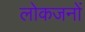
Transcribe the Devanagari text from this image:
लोकजनों